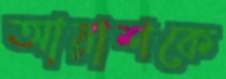
আয়াশকে